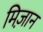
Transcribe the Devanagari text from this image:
मिज़ान